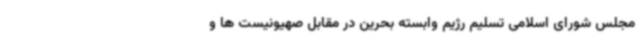
مجلس شورای اسلامی تسلیم رژیم وابسته بحرین در مقابل صهیونیست ها و